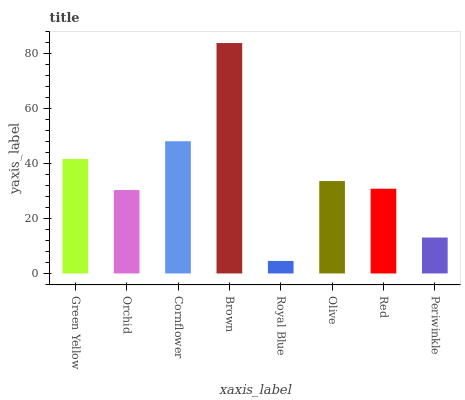
| xaxis_label | bars |
 | --- | --- |
 | Green Yellow | 41.7 |
 | Orchid | 30.4 |
 | Cornflower | 48.2 |
 | Brown | 84 |
 | Royal Blue | 4.55 |
 | Olive | 33.7 |
 | Red | 30.9 |
 | Periwinkle | 13.1 |